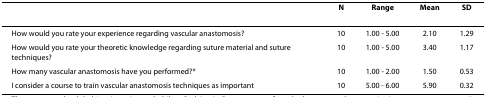
<table><thead><tr><td></td><td><b>N</b></td><td><b>Range</b></td><td><b>Mean</b></td><td><b>SD</b></td></tr></thead><tbody><tr><td>How would you rate your experience regarding vascular anastomosis?</td><td>10</td><td>1.00 - 5.00</td><td>2.10</td><td>1.29</td></tr><tr><td>How would you rate your theoretic knowledge regarding suture material and suture techniques?</td><td>10</td><td>1.00 - 5.00</td><td>3.40</td><td>1.17</td></tr><tr><td>How many vascular anastomosis have you performed?*</td><td>10</td><td>1.00 - 2.00</td><td>1.50</td><td>0.53</td></tr><tr><td>I consider a course to train vascular anastomosis techniques as important</td><td>10</td><td>5.00 - 6.00</td><td>5.90</td><td>0.32</td></tr></tbody></table>